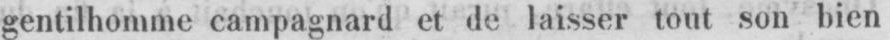
gentilhomme campagnard et de laisser tout son bien